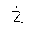
Letter: _kha